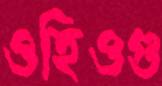
ওহিওগু